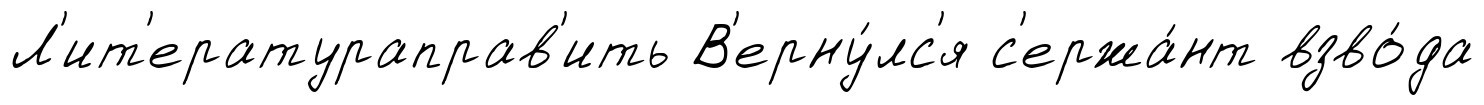
Л'ит'ератураправ'ить В'ерну́лс'я с'ержа́нт взво́да